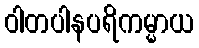
ဝါတပါနပရိကမ္မာယ